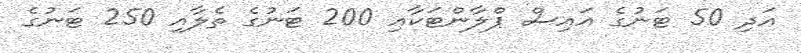
އަދި 50 ޓަނުގެ އައިސް ޕްލާންޓަކާއި 200 ޓަނުގެ ތެލާއި 250 ޓަނުގެ